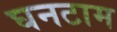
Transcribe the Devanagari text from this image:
घनटाम